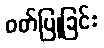
ဝတ်ပြုခြင်း